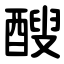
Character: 醙